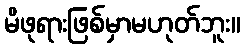
မိဖုရားဖြစ်မှာမဟုတ်ဘူး။